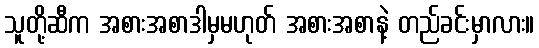
သူတို့ဆီက အစားအစာဒါမှမဟုတ် အစားအစာနဲ့ တည်ခင်းမှာလား။